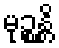
မုဉ္စန္တိ